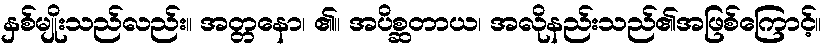
နှစ်မျိုးသည်လည်း။ အတ္တနော၊ ၏။ အပိစ္ဆတာယ၊ အလိုနည်းသည်၏အဖြစ်ကြောင့်။